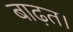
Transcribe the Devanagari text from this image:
बाढ़त।